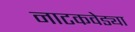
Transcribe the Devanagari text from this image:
नाटकवेड्या